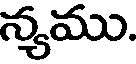
న్యము.